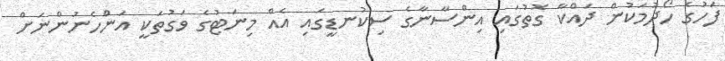
ފަހުގެ ހޯދުމަކުން ދައްކާ ގޮތުގައި އިންސާނާގެ ސިކުނޑީގައި އެއް މިނަޓުގެ ވަގުތަކީ އަންހެނުންނަށް